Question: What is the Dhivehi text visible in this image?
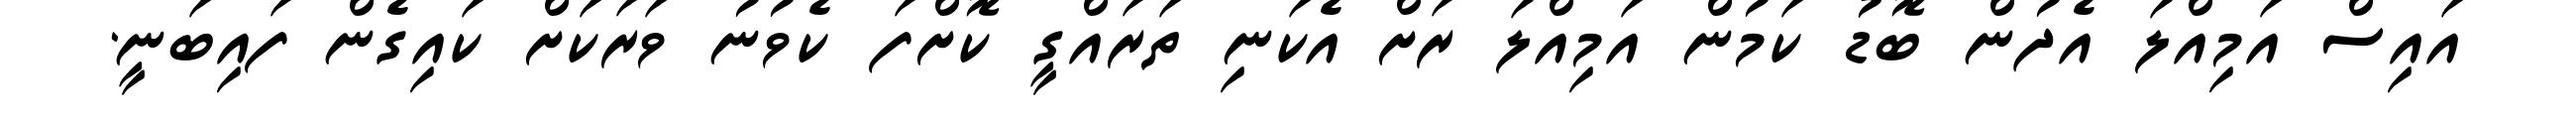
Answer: އައިސް އަމިއްލަ އެދުން ބޮޑު ކަމުން އަމިއްލަ ރަށް އެކަނި ތަރައްގީ ކޮށްފަ ކެވުނު ވަރަކަށް ކައިގެން ފައިބަނީ.